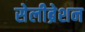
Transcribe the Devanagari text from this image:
सेलीब्रेशन